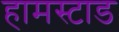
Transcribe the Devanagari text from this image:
हामस्टाड